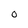
Character: O